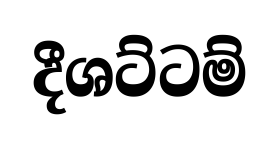
දීශට්ටම්